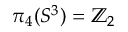
\pi _ { 4 } ( S ^ { 3 } ) = \mathbb { Z } _ { 2 }